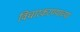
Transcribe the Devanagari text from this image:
विचारकरण्याच्या